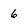
Character: 6